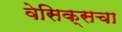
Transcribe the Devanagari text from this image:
वेसिक्सचा